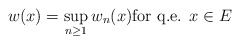
\begin{align*}w(x)=\sup_{n\ge 1}w_{n}(x) \mbox{for q.e. } x\in E\end{align*}